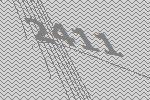
2411